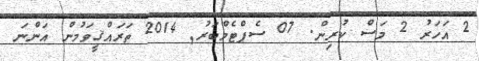
2 އަހަރު 2 މަސް ކުރިން. 07 ސެޕްޓެމްބަރު